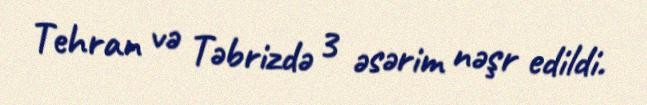
Tehran və Təbrizdə 3 əsərim nəşr edildi.